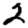
Digit: 2